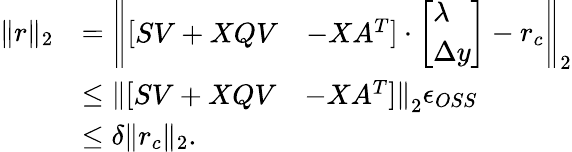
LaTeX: \begin{array}{rl}{\| r\| _{2}}&{=\left\| \left[\begin{array}{ll}{SV+XQV}&{-XA^{T}}\end{array}\right]\cdot\left[\begin{array}{l}{\lambda}\\ {\Delta y}\end{array}\right]-r_{c}\right\| _{2}}\\ &{\leq\left\| \left[\begin{array}{ll}{SV+XQV}&{-XA^{T}}\end{array}\right]\right\| _{2}\epsilon_{OSS}}\\ &{\leq\delta\| r_{c}\| _{2}.}\end{array}